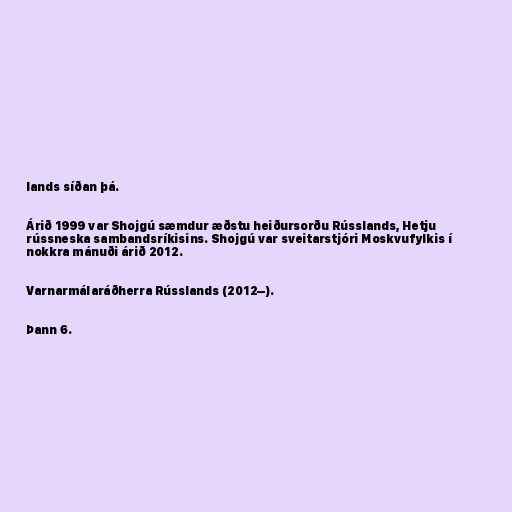
lands síðan þá.

Árið 1999 var Shojgú sæmdur æðstu heiðursorðu Rússlands, Hetju
rússneska sambandsríkisins. Shojgú var sveitarstjóri Moskvufylkis í
nokkra mánuði árið 2012.

Varnarmálaráðherra Rússlands (2012–).

Þann 6.